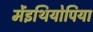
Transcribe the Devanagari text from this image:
मेंइथियोपिया